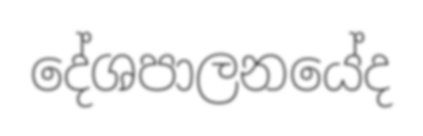
දේශපාලනයේද